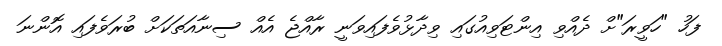
ފަހު "ހަވީރަ"ށް ދެއްވި އިންޓަވިއުގައި ވިދާޅުވެފައިވަނީ ރާއްޖެ އެއް ސިނާއަތަކަށް ބުރަވެފައި އޮންނަ